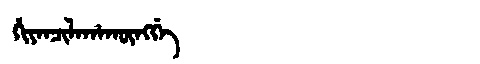
Manchu: ᡥᡳᠶᠠᠨᠴᡳᠯᠠᡥᠠᡴᡡᠩᡤᡝ
Romanization: HIYANCILAHAKŪNGGE